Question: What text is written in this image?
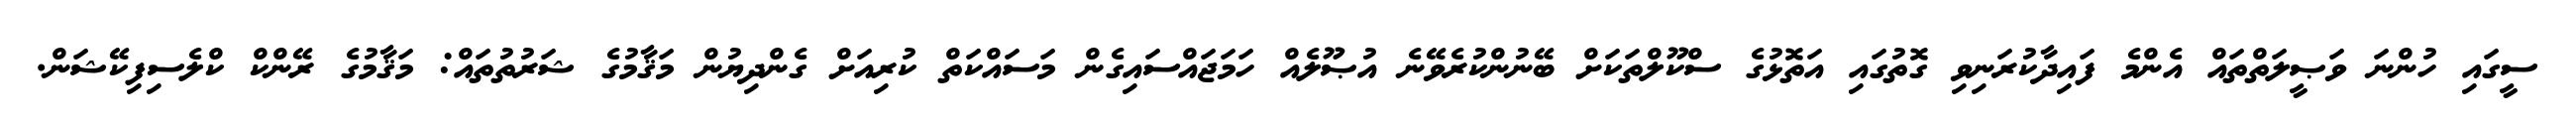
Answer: ސީގައި ހުންނަ ވަޞީލަތްތައް އެންމެ ފައިދާކުރަނިވި ގޮތުގައި އަތޮޅުގެ ސްކޫލްތަކަށް ބޭނުންކުރެވޭނެ އުޞޫލެއް ހަމަޖައްސައިގެން މަސައްކަތް ކުރިއަށް ގެންދިޔުން މަޤާމުގެ ޝަރުތުތައް: މަޤާމުގެ ރޭންކް ކްލެސިފިކޭޝަން.